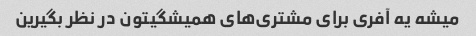
میشه یه آفری برای مشتری‌های همیشگیتون در نظر بگیرین